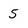
Character: 5